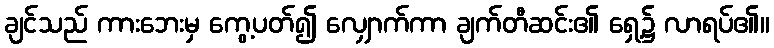
ချင်သည် ကားဘေးမှ ကွေ့ပတ်၍ လျှောက်ကာ ချက်တီဆင်း၏ ရှေ့၌ လာရပ်၏။